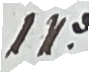
14